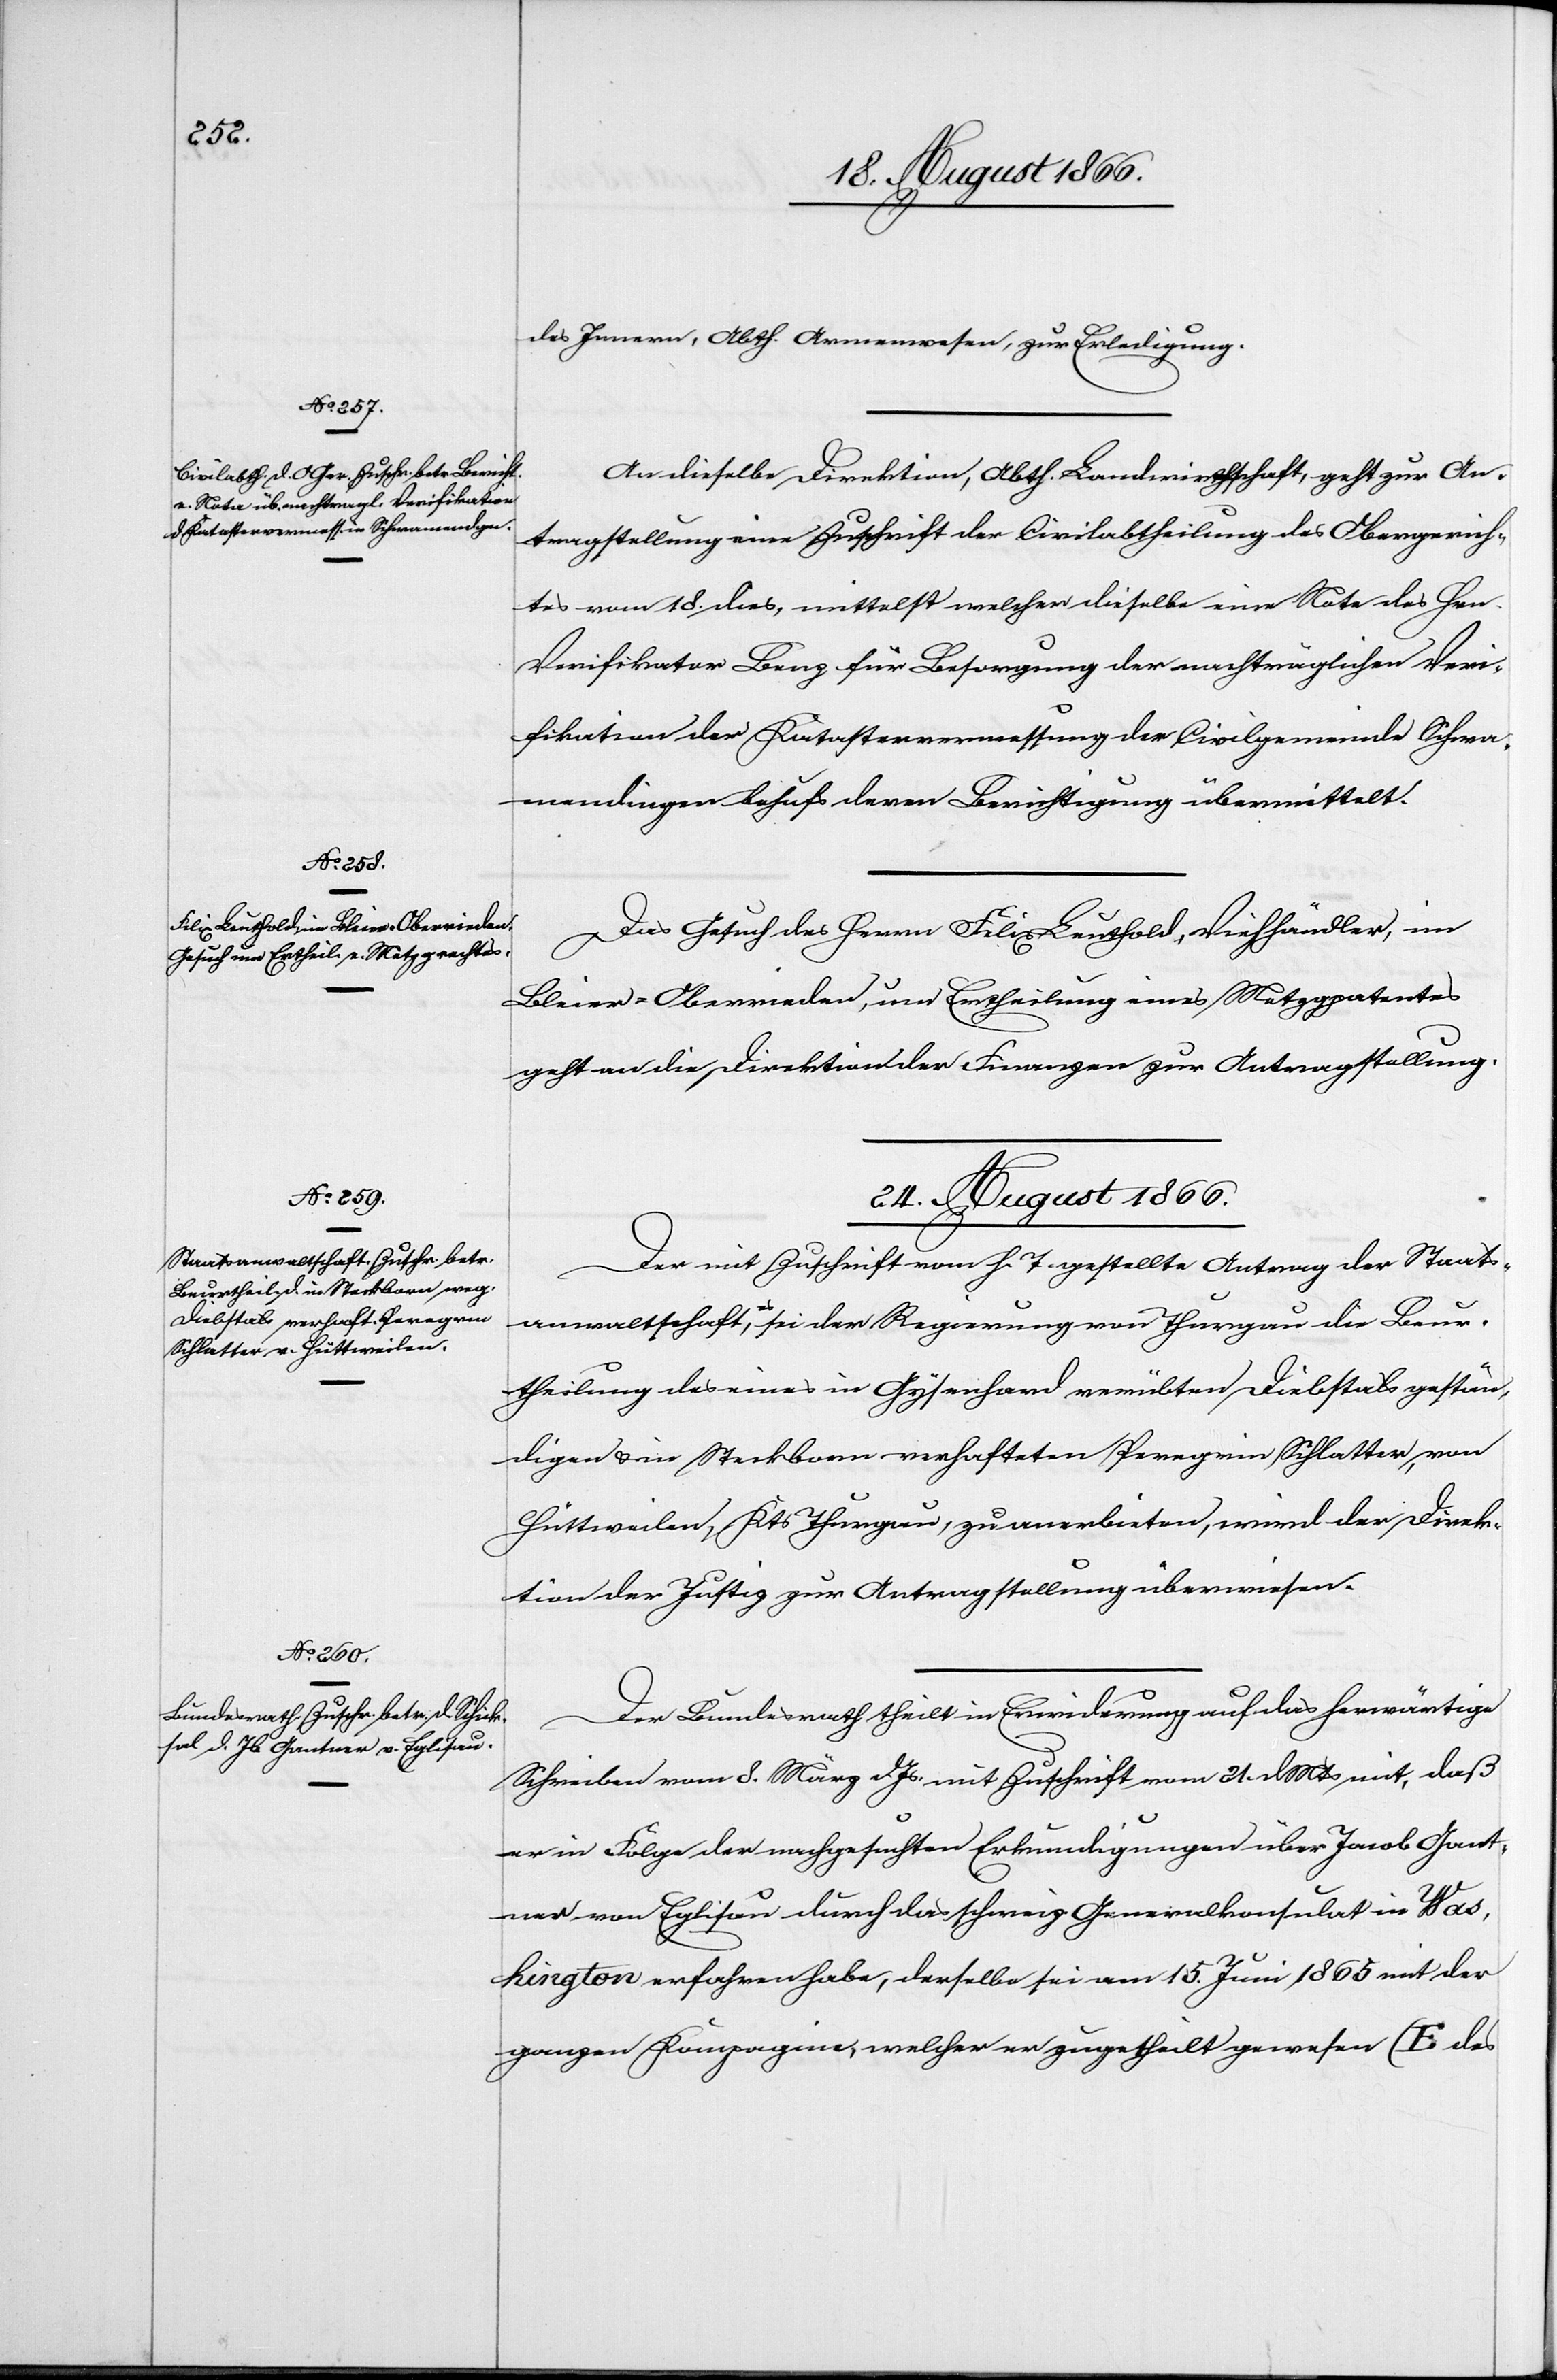
des Innern, Abth. Armenwesen, zur Erledigung.
An dieselbe Direktion, Abth. Landwirthschaft, geht zur An¬
tragstellung eine Zuschrift der Civilabtheilung des Obergerich¬
tes vom 18. dies, mittelst welcher dieselbe eine Note des Hrn.
Verifikators Benz für Besorgung der nachträglichen Veri¬
fikation der Katastervermessung der Civilgemeinde Schwa¬
mendingen behufs deren Berichtigung übermittelt.
Das Gesuch des Herrn Felix Leuthold, Viehhändler, im
Bleier-Oberrieden, um Ertheilung eines Metzgrechtes
geht an die Direktion der Finanzen zur Antragstellung.
24. August 1866.]
mit Zuschrift vom h. T. gestellte Antrag der Staats¬
anwaltschaft, es sei der Regierung von Thurgau die Beu¬
rtheilung des eines in Gysenhard verübten Diebstals gestän¬
digen u. in Steckborn verhafteten Peregrin Schlatter, von
Hüttweilen, Kts. Thurgau, zu anerbieten, wird der Direk¬
tion der Justiz zur Antragstellung überwiesen.
Der Bundesrath theilt in Erwiederung auf das herwärtige
Schreiben vom 8. März dJs. mit Zuschrift vom 21. dMts mit, daß
er in Folge der nachgesuchten Erkundigungen über Jacob Gant¬
ner von Eglisau durch das schweiz. Generalkonsulat in Was¬
hington erfahren habe, derselbe sei am 15. Juni 1865 mit der
ganzen Kompagnie, welcher er zugetheilt gewesen (E des